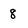
Character: 8